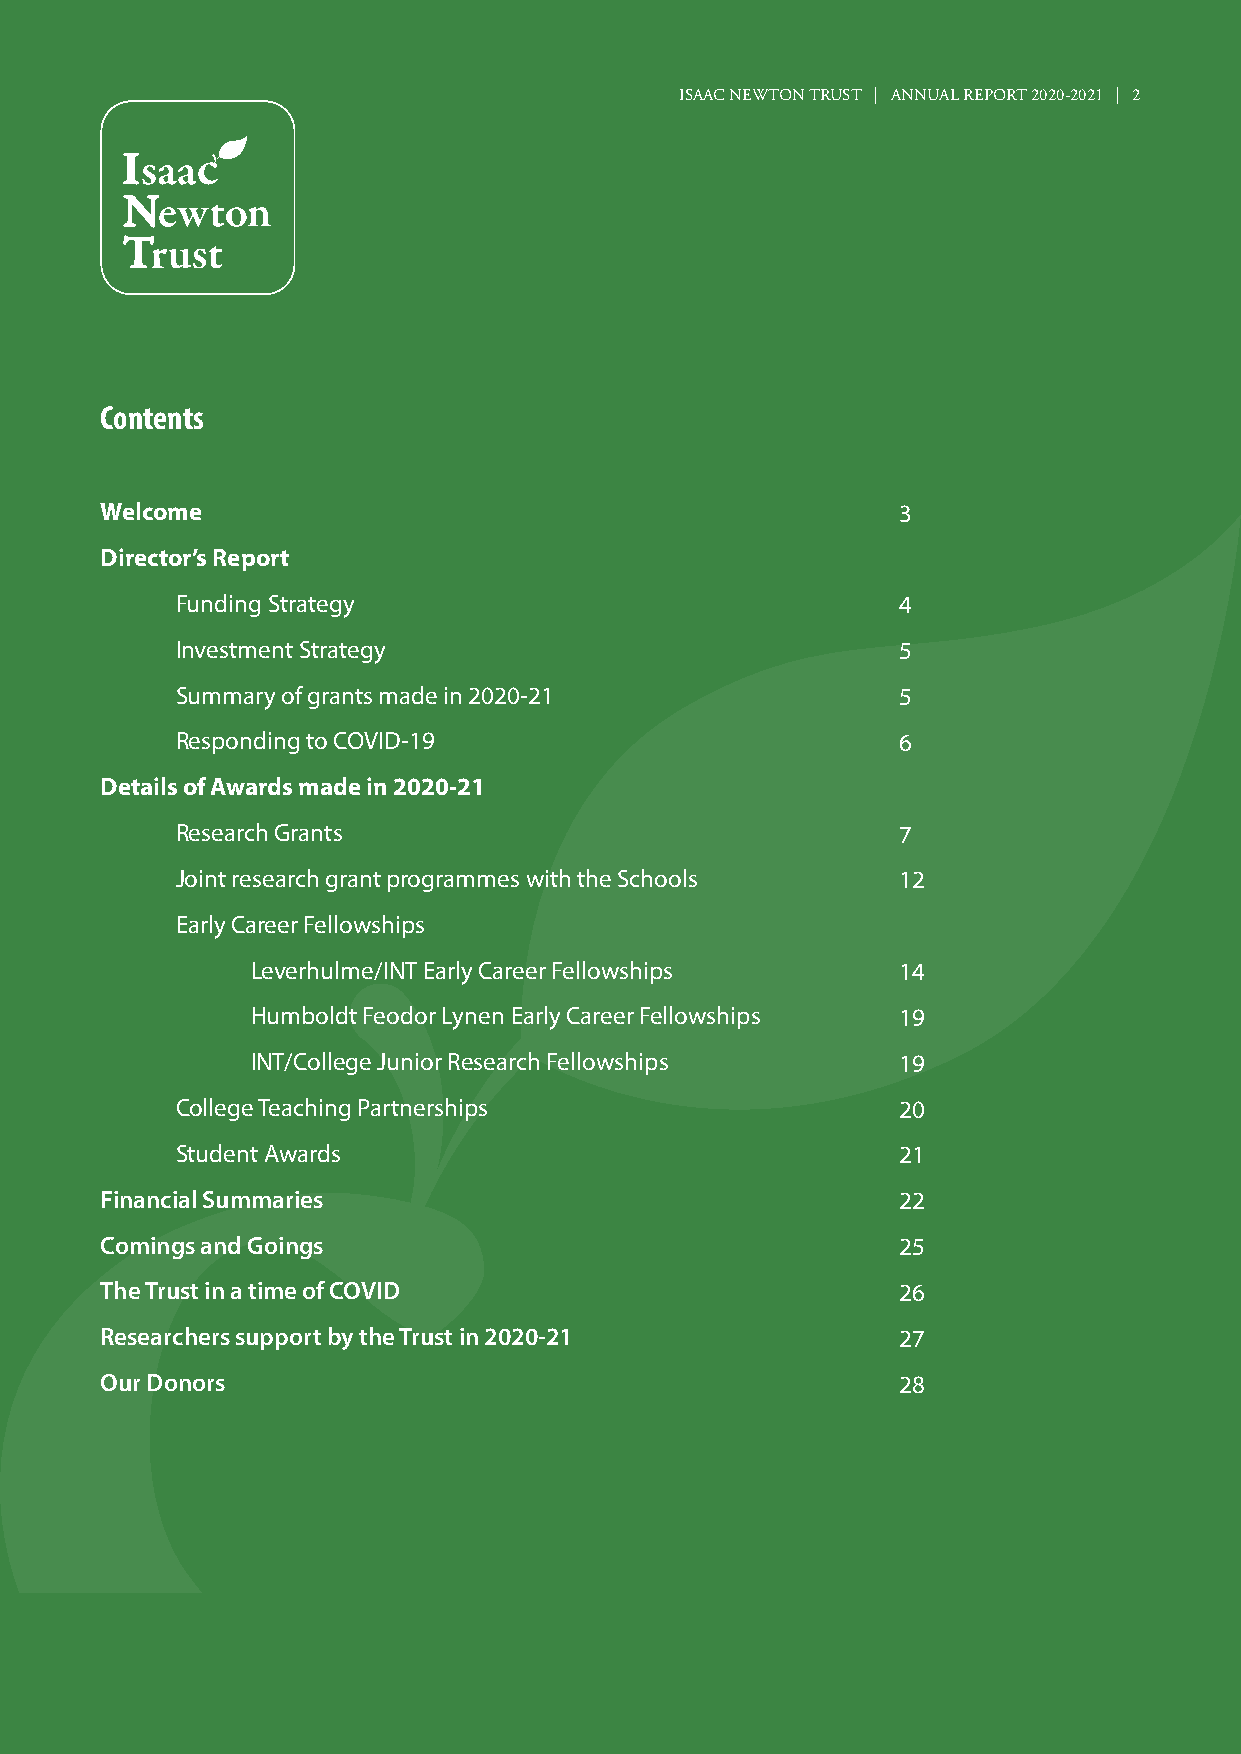
ISAAC NEWTON TRUST | ANNUAL REPORT 2020-2021 | 2
 Contents
 Welcome                                             3
 Director’s Report
 Funding Strategy                               4
 Investment Strategy                            5
 Summary of grants made in 2020-21              5
 Responding to COVID-19                         6
 Details of Awards made in 2020-21
 Research Grants                                7
 Joint research grant programmes with the Schools 12
 Early Career Fellowships
 Leverhulme/INT Early Career Fellowships   14
 Humboldt Feodor Lynen Early Career Fellowships 19
 INT/College Junior Research Fellowships   19
 College Teaching Partnerships                  20
 Student Awards                                 21
 Financial Summaries                                 22
 Comings and Goings                                  25
 The Trust in a time of COVID                        26
 Researchers support by the Trust in 2020-21         27
 Our Donors                                          28